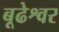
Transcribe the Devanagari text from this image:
बूढेश्वर